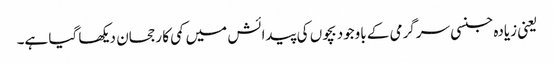
یعنی زیادہ جنسی سرگرمی کے باوجود بچوں کی پیدائش میں کمی کا رجحان دیکھا گیا ہے۔